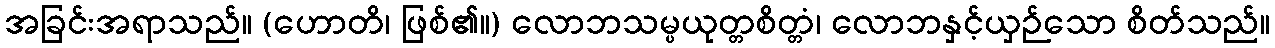
အခြင်းအရာသည်။ (ဟောတိ၊ ဖြစ်၏။) လောဘသမ္ပယုတ္တစိတ္တံ၊ လောဘနှင့်ယှဉ်သော စိတ်သည်။